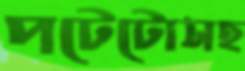
পটেটোসহ